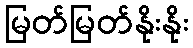
မြတ်မြတ်နိုးနိုး